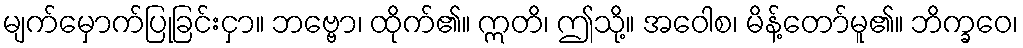
မျက်မှောက်ပြုခြင်းငှာ။ ဘဗ္ဗော၊ ထိုက်၏။ ဣတိ၊ ဤသို့။ အဝေါစ၊ မိန့်တော်မူ၏။ ဘိက္ခဝေ၊